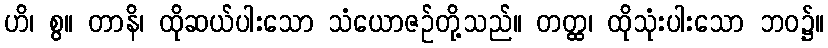
ဟိ၊ စွ။ တာနိ၊ ထိုဆယ်ပါးသော သံယောဇဉ်တို့သည်။ တတ္ထ၊ ထိုသုံးပါးသော ဘဝ၌။